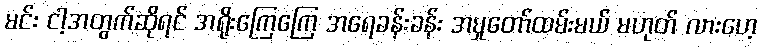
မင်း ငါ့အတွက်ဆိုရင် အရိုးကြေကြေ အရေခန်းခန်း အမှုတော်ထမ်းမယ် မဟုတ် လားဟေ့